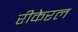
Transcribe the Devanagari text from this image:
रीकेरल